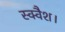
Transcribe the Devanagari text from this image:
स्क्वैश।